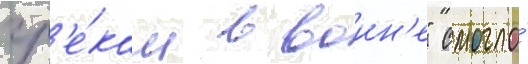
гр'е́кам в воин'е" смогло́